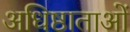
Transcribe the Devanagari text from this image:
अधिष्ठाताओं